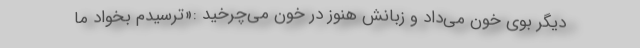
دیگر بوی خون می‌داد و زبانش هنوز در خون می‌چرخید :«ترسیدم بخواد ما